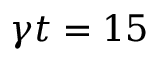
\gamma t = 1 5